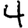
Digit: 4